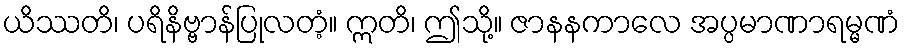
ယိဿတိ၊ ပရိနိဗ္ဗာန်ပြုလတံ့။ ဣတိ၊ ဤသို့။ ဇာနနကာလေ အပ္ပမာဏာရမ္မဏံ